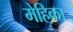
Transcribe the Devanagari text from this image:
मेहिका